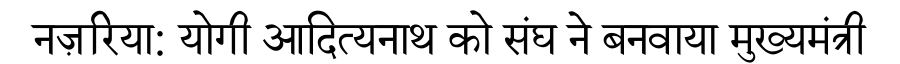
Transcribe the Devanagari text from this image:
नज़रिया: योगी आदित्यनाथ को संघ ने बनवाया मुख्यमंत्री